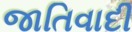
જાતિવાદી